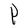
Character: P